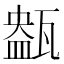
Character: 𤭹